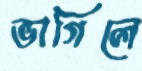
ভাগিলে